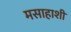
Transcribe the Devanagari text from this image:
मसाहाशी